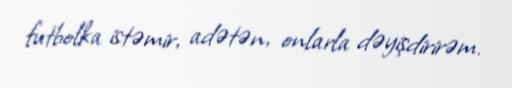
futbolka istəmir, adətən, onlarla dəyişdirirəm.